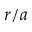
r / a